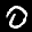
Digit: 0